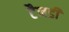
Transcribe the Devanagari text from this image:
टैनडी